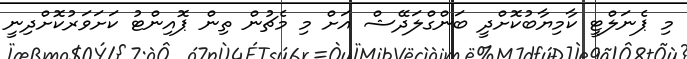
މި ޕެނަލްޓީ ކާމިޔާބުކޮށްދީ ބަންގްލަދޭޝް އަށް މި މެޗުން ތިން ޕޮއިންޓު ކަށަވަރުކޮށްދިނީ